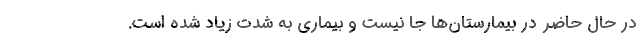
در حال حاضر در بیمارستان‌ها جا نیست و بیماری به شدت زیاد شده است.